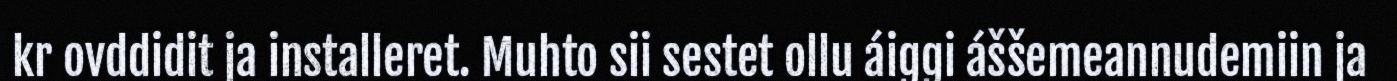
kr ovddidit ja installeret. Muhto sii sestet ollu áiggi áššemeannudemiin ja